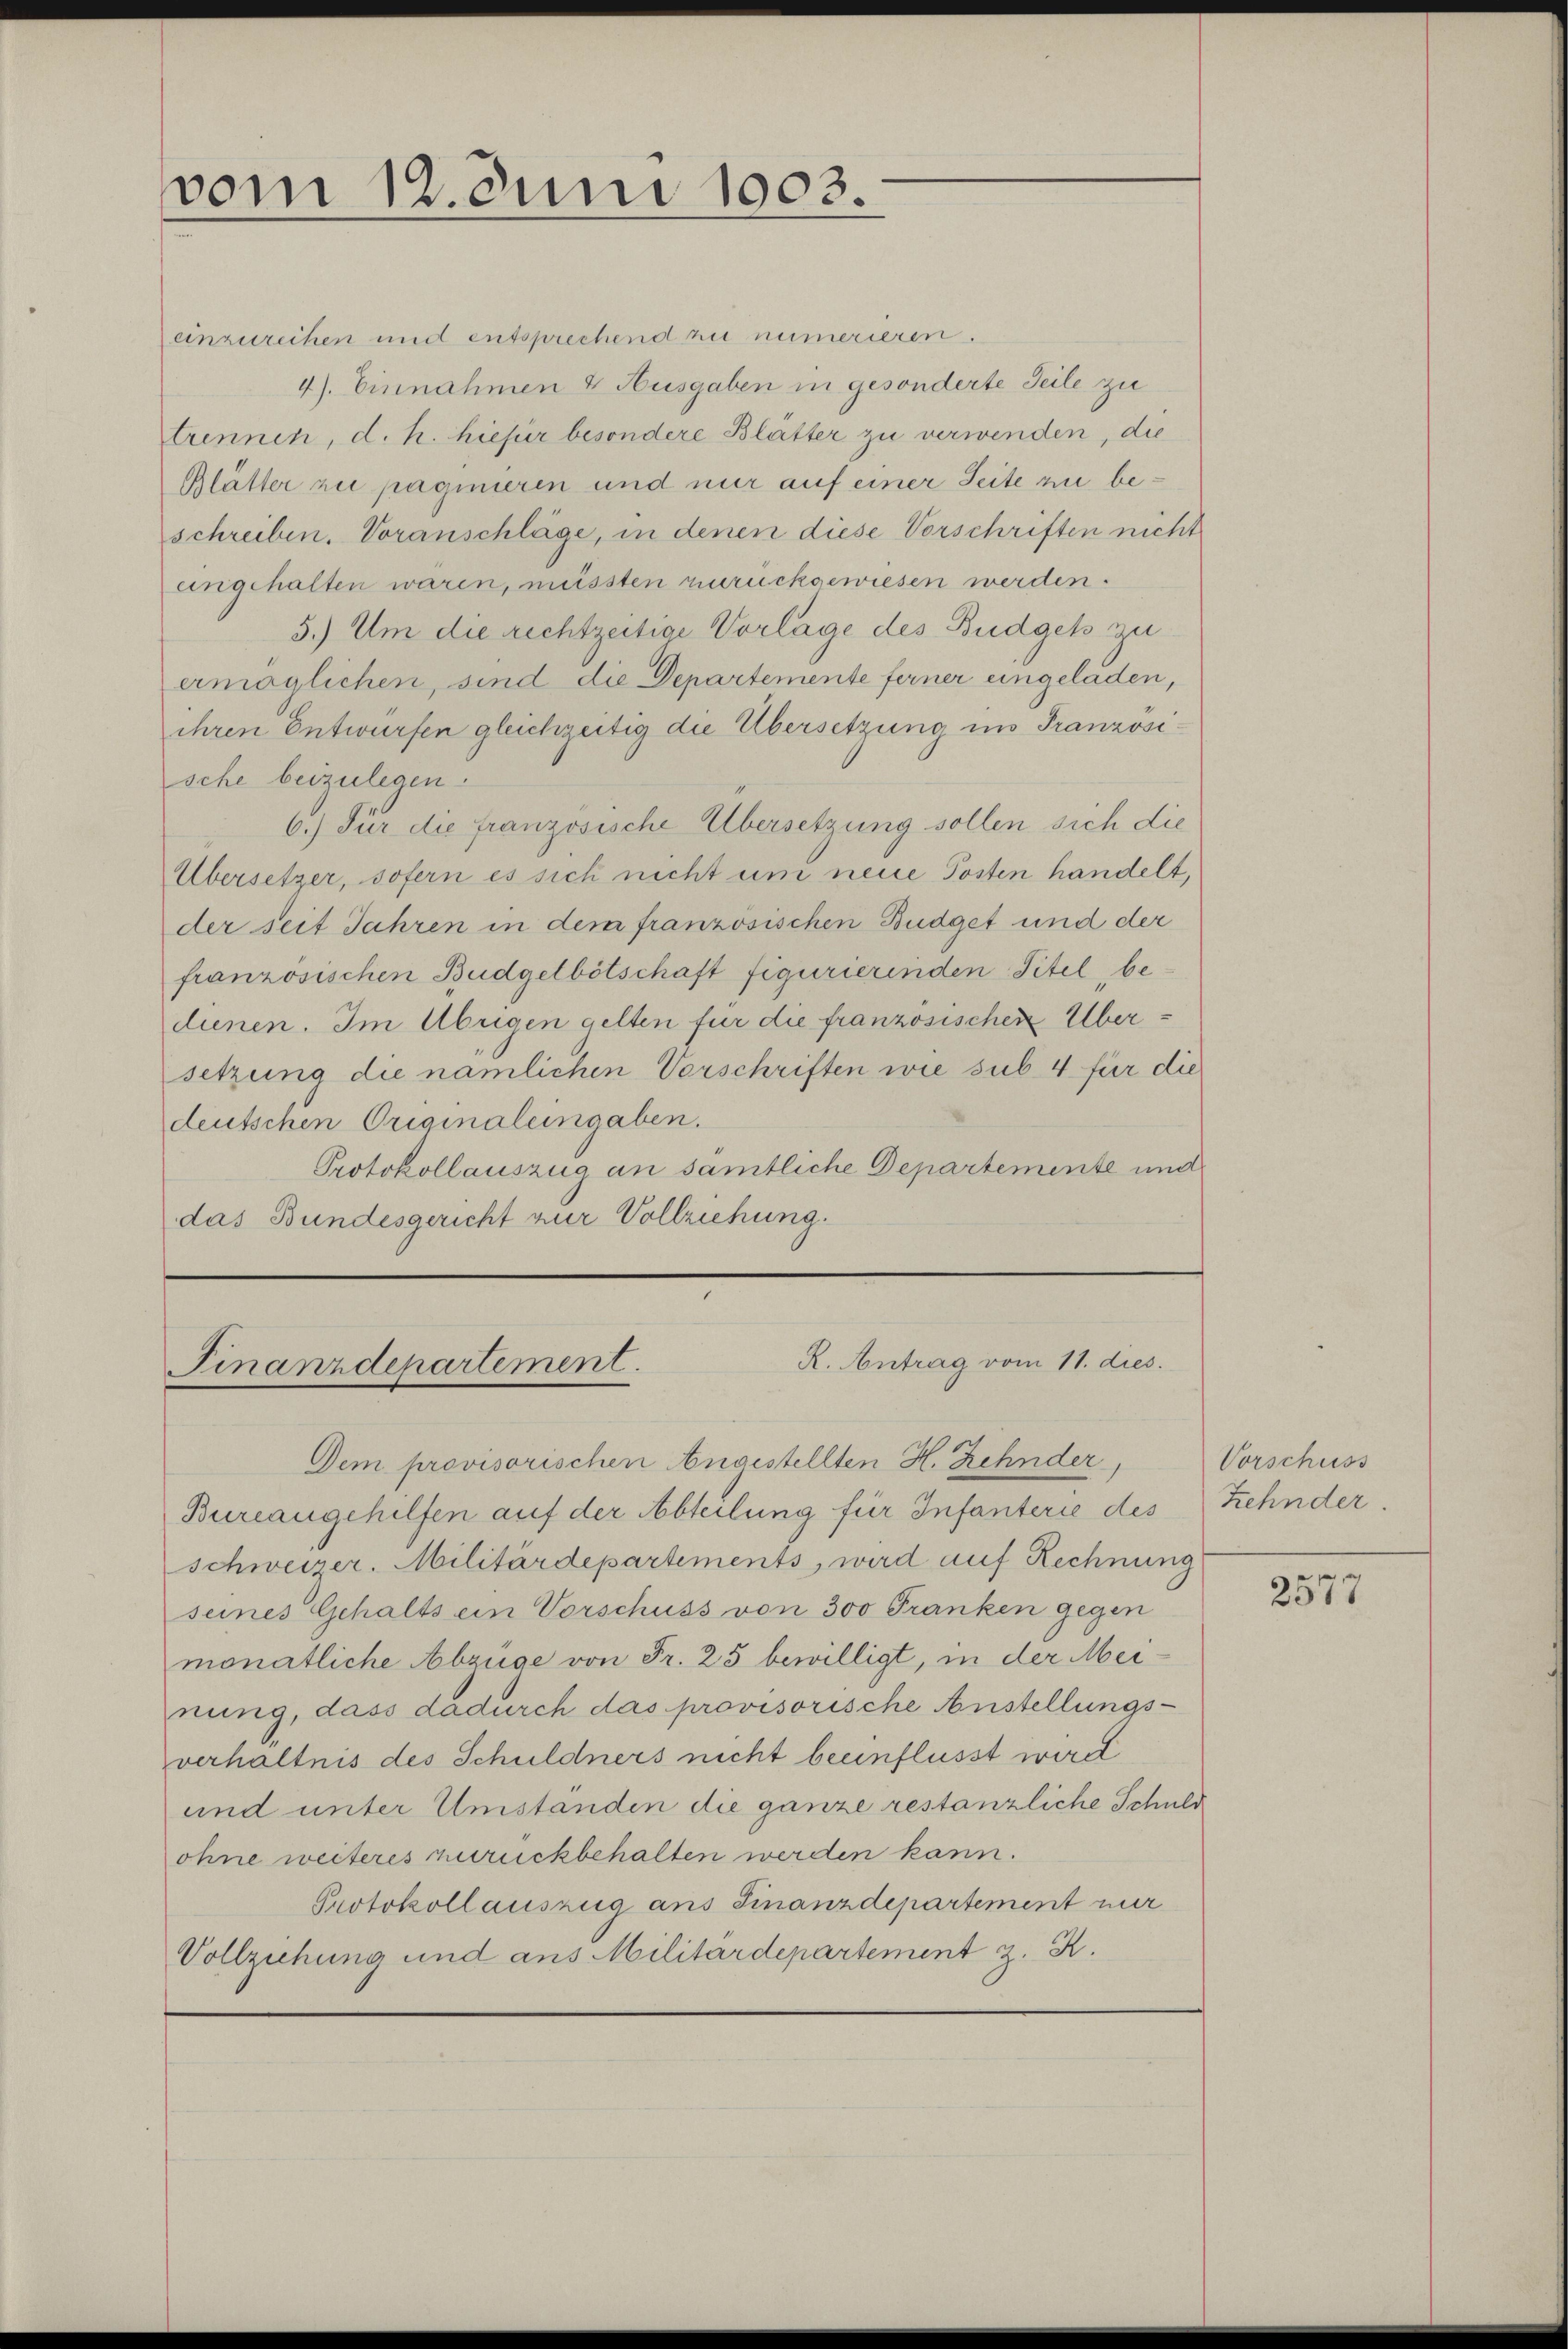
vom 12. Juni 1903.

einzureihen und entsprechend zu numerieren.
4). Einnahmen & Ausgaben in gesonderte Teile zu
trennen, d. h. hiefür besondere Blätter zu verwenden, die
Blätter zu paginieren und nur auf einer Seite zu beschreiben. Voranschläge, in denen diese Vorschriften nicht
angehalten waren, müssten zurückgewiesen werden.
5.) Um die rechtzeitige Vorlage des Budgets zu
ermöglichen, sind die Departemente ferner eingeladen,
ihren Entwürfen gleichzeitig die Übersetzung im Französische beizulegen.
6.) Für die französische Übersetzung sollen sich die
Übersetzer, sofern es sich nicht um neue Posten handelt,
der seit Jahren in dem französischen Budget und der
französischen Budgetbötschaft figurierenden Titel, bedinen. Im Übrigen gelten für die französischen Übersetzung die nämlichen Vorschriften wie sub. 4 für die
deutschen Originaleingaben.
Protokollauszug an sämtliche Departemente und
das Bundesgericht zur Vollziehung.

R. Antrag vom 11. dies.
Finanzdepartement.
Dem provisorischen Angestellten H. Zehnder,

Bureaugehilfen auf der Abteilung für Infanterie des
Schweizer. Militärdepartements, wird auf Rechnung
seines Gehalts ein Vorschuss von 300 Franken gegen
monatliche Abzüge von Fr. 25 bewilligt, in der Meinung, dass dadurch das provisorische Anstellungs-
verhältnis des Schuldners nicht beeinflusst wird
und unter Umständen die ganze restanzliche Schuld
ohne weiteres zurückbehalten werden kann.
Protokollauszug ans Finanzdepartement nur
Vollziehung und aus Militärdepartement z. K.

Vorschuss
Zehnder.

2577